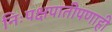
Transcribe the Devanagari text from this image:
निःपक्षपातीपणाही